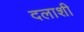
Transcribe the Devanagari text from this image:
दलाशी